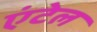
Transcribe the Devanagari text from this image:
एंटेल